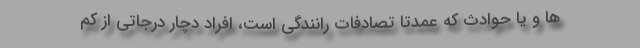
ها و یا حوادث که عمدتا تصادفات رانندگی است، افراد دچار درجاتی از کم